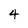
Character: 4